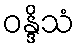
ဝန္ဒိသံ